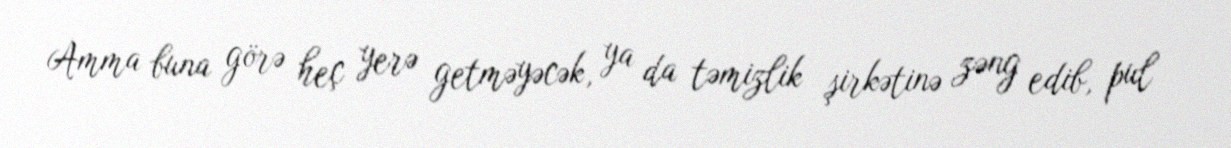
Amma buna görə heç yerə getməyəcək, ya da təmizlik şirkətinə zəng edib, pul